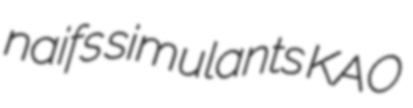
naifs simulants KAO